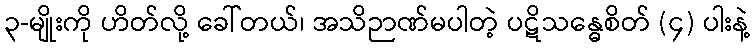
၃-မျိုးကို ဟိတ်လို့ ခေါ်တယ်၊ အသိဉာဏ်မပါတဲ့ ပဋိသန္ဓေစိတ် (၄) ပါးနဲ့